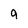
Character: 9